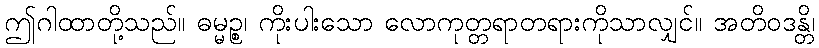
ဤဂါထာတို့သည်။ ဓမ္မဉ္စ၊ ကိုးပါးသော လောကုတ္တရာတရားကိုသာလျှင်။ အတိဝဒန္တိ၊